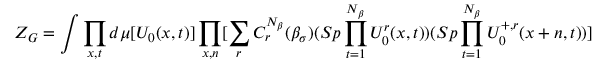
Z _ { G } = \int \prod _ { x , t } d \mu [ U _ { 0 } ( x , t ) ] \prod _ { x , n } [ \sum _ { r } C _ { r } ^ { N _ { \beta } } ( \beta _ { \sigma } ) ( S p \prod _ { t = 1 } ^ { N _ { \beta } } U _ { 0 } ^ { r } ( x , t ) ) ( S p \prod _ { t = 1 } ^ { N _ { \beta } } U _ { 0 } ^ { + , r } ( x + n , t ) ) ]